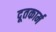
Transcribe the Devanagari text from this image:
दूतकार्म